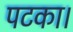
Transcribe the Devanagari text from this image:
पटका।